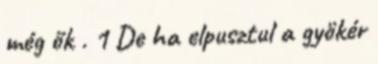
még ők . 1 De ha elpusztul a gyökér